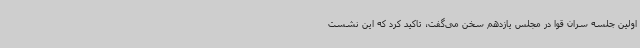
اولین جلسه سران قوا در مجلس یازدهم سخن می‌گفت، تاکید کرد که این نشست